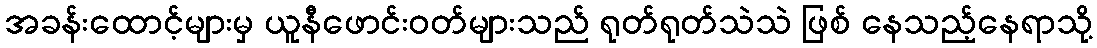
အခန်းထောင့်များမှ ယူနီဖောင်းဝတ်များသည် ရုတ်ရုတ်သဲသဲ ဖြစ် နေသည့်နေရာသို့